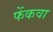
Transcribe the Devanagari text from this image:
फेंकवा